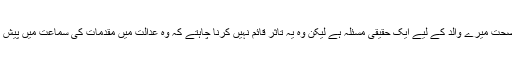
میری والدہ کی صحت میرے والد کے لیے ایک حقیقی مسئلہ ہے لیکن وہ یہ تاثر قائم نہیں کرنا چاہتے کہ وہ عدالت میں مقدمات کی سماعت میں پیش نہیں ہونا چاہتے۔